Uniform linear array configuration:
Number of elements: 48
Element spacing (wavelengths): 0.5
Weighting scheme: blackman
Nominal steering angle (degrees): -30
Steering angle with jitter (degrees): -31.505
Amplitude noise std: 0.05
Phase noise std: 0.05

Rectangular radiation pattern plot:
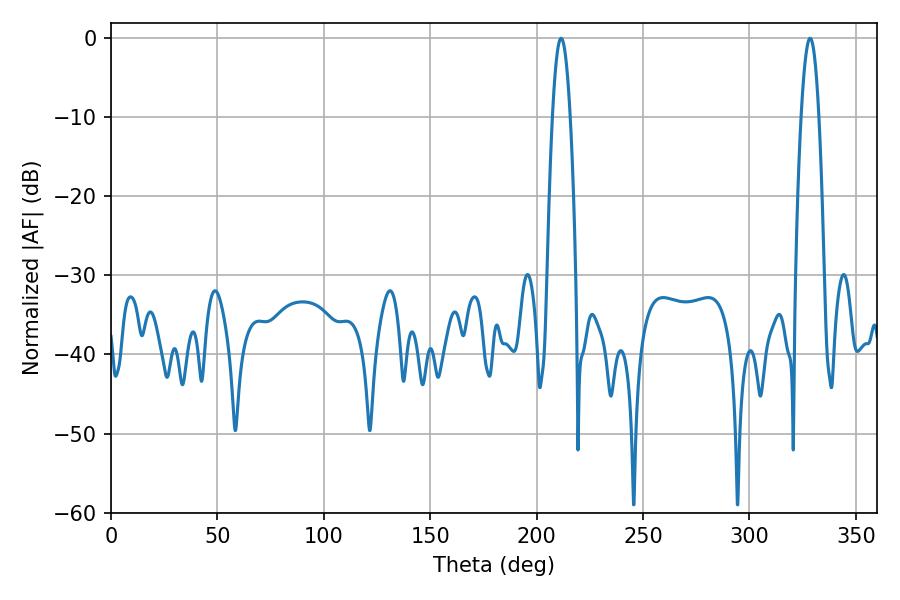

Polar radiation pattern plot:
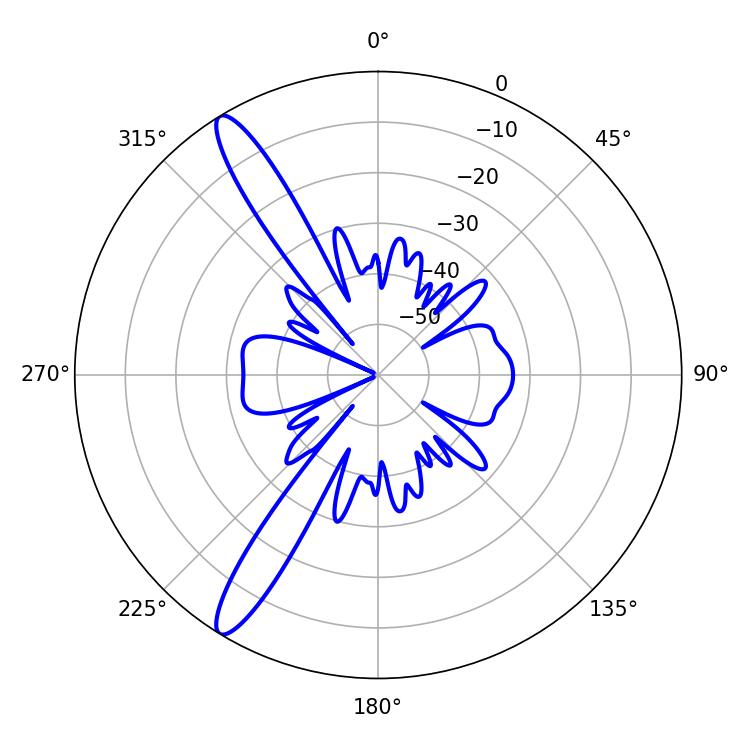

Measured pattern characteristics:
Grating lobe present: FALSE
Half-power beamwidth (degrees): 4.5
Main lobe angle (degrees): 211.5